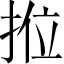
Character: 𭠿